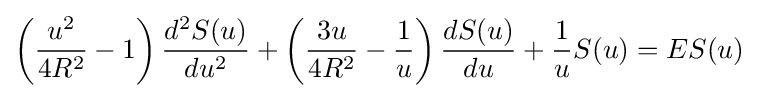
\left({\frac {u^{2}}{4R^{2}}}-1\right){\frac {d^{2}S(u)}{du^{2}}}+\left({\frac {3u}{4R^{2}}}-{\frac {1}{u}}\right){\frac {dS(u)}{du}}+{\frac {1}{u}}S(u)=ES(u)